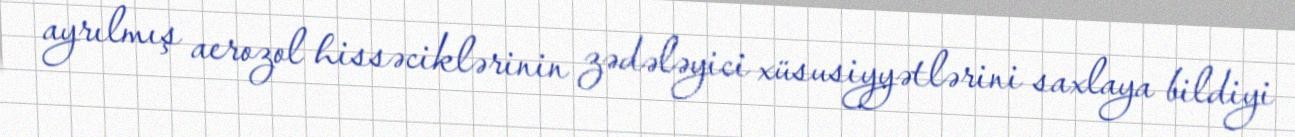
ayrılmış aerozol hissəciklərinin zədələyici xüsusiyyətlərini saxlaya bildiyi